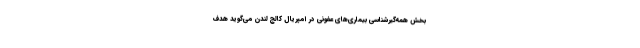
بخش همه‌گیرشناسی بیماری‌های عفونی در امپریال کالج لندن می‌گوید هدف